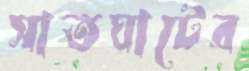
সাতঘাটের